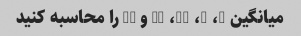
میانگین 5، 7، 11، 14 و 19 را محاسبه کنید